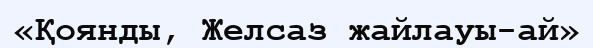
«Қоянды, Желсаз жайлауы-ай»